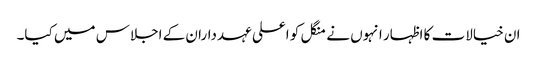
ان خیالات کا اظہار انہوں نے منگل کو اعلی عہدداران کے اجلاس میں کیا۔